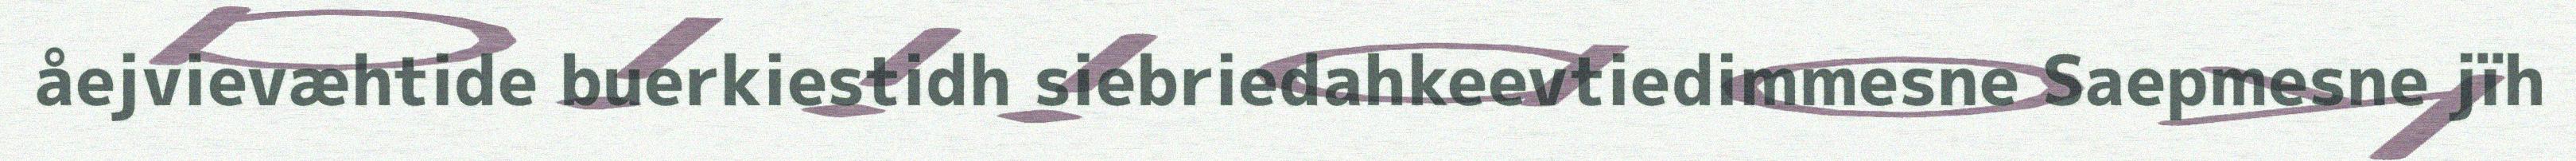
åejvievæhtide buerkiestidh siebriedahkeevtiedimmesne Saepmesne jïh